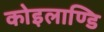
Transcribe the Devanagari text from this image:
कोइलाण्डि